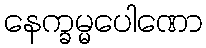
နေက္ခမ္မပေါဏော